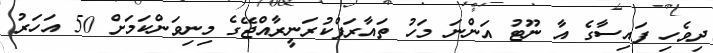
ދިވެހި ފައިސާގެ އާ ނޫޓު އަންނަ މަހު ތައާރަފްކުރަނީރާއްޖޭގެ މިނިވަންކަމަށް 50 އަހަރު